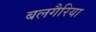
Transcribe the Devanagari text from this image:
बलगैरिया